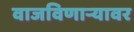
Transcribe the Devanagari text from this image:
वाजविणार्‍यावर